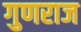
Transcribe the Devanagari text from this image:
गुणराज